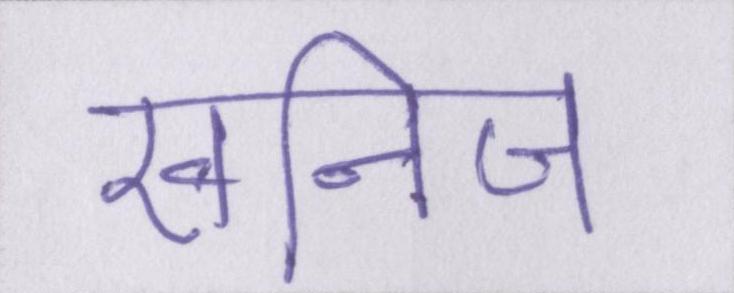
खनिज